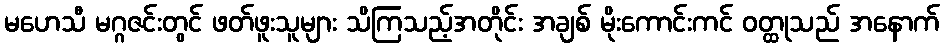
မဟေသီ မဂ္ဂဇင်းတွင် ဖတ်ဖူးသူများ သိကြသည့်အတိုင်း အချစ် မိုးကောင်းကင် ဝတ္ထုသည် အနောက်